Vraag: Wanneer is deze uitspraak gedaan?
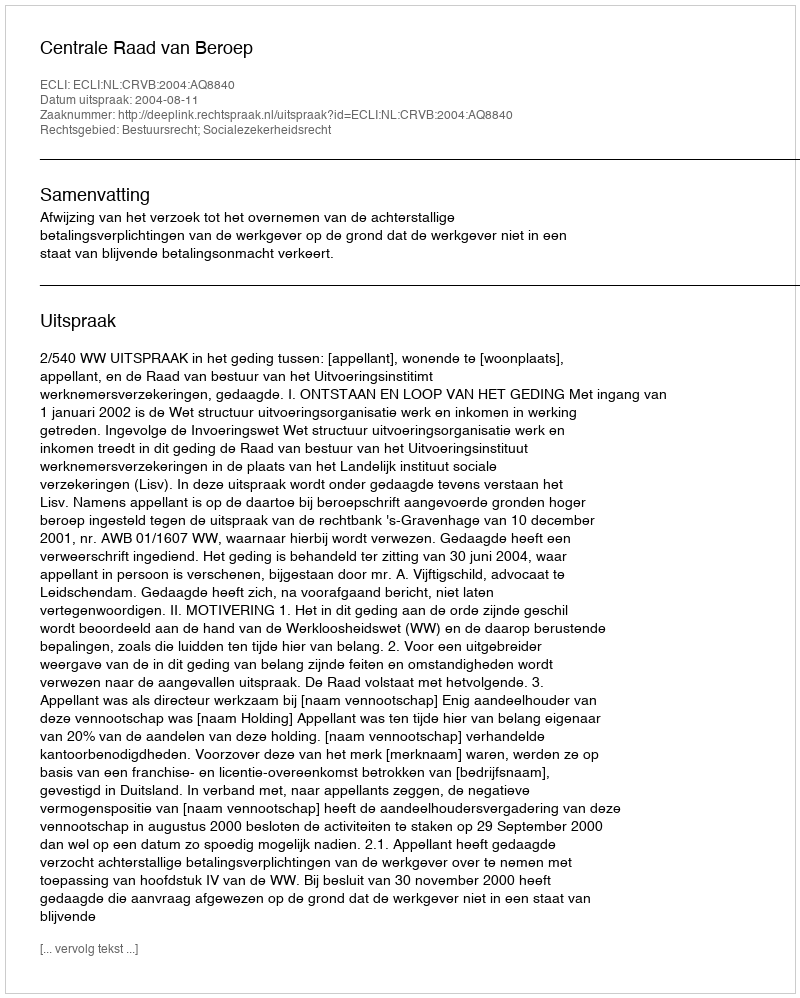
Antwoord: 2004-08-11